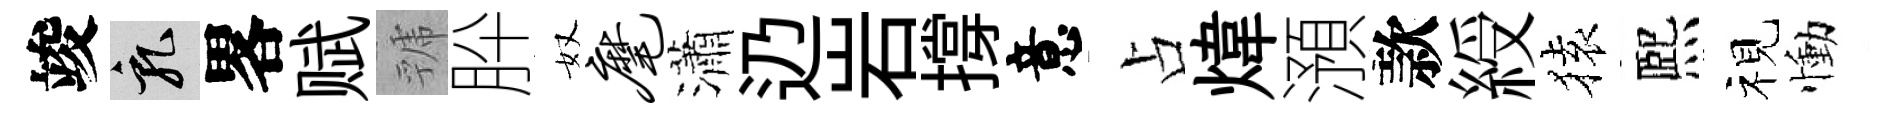
竣乳畧赋虢肸奴麾瀟辸岩撐意占煒澦款綬𫞤熈视慟